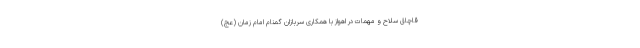
قاچاق سلاح و مهمات در اهواز با همکاری سربازان گمنام امام زمان (عج)